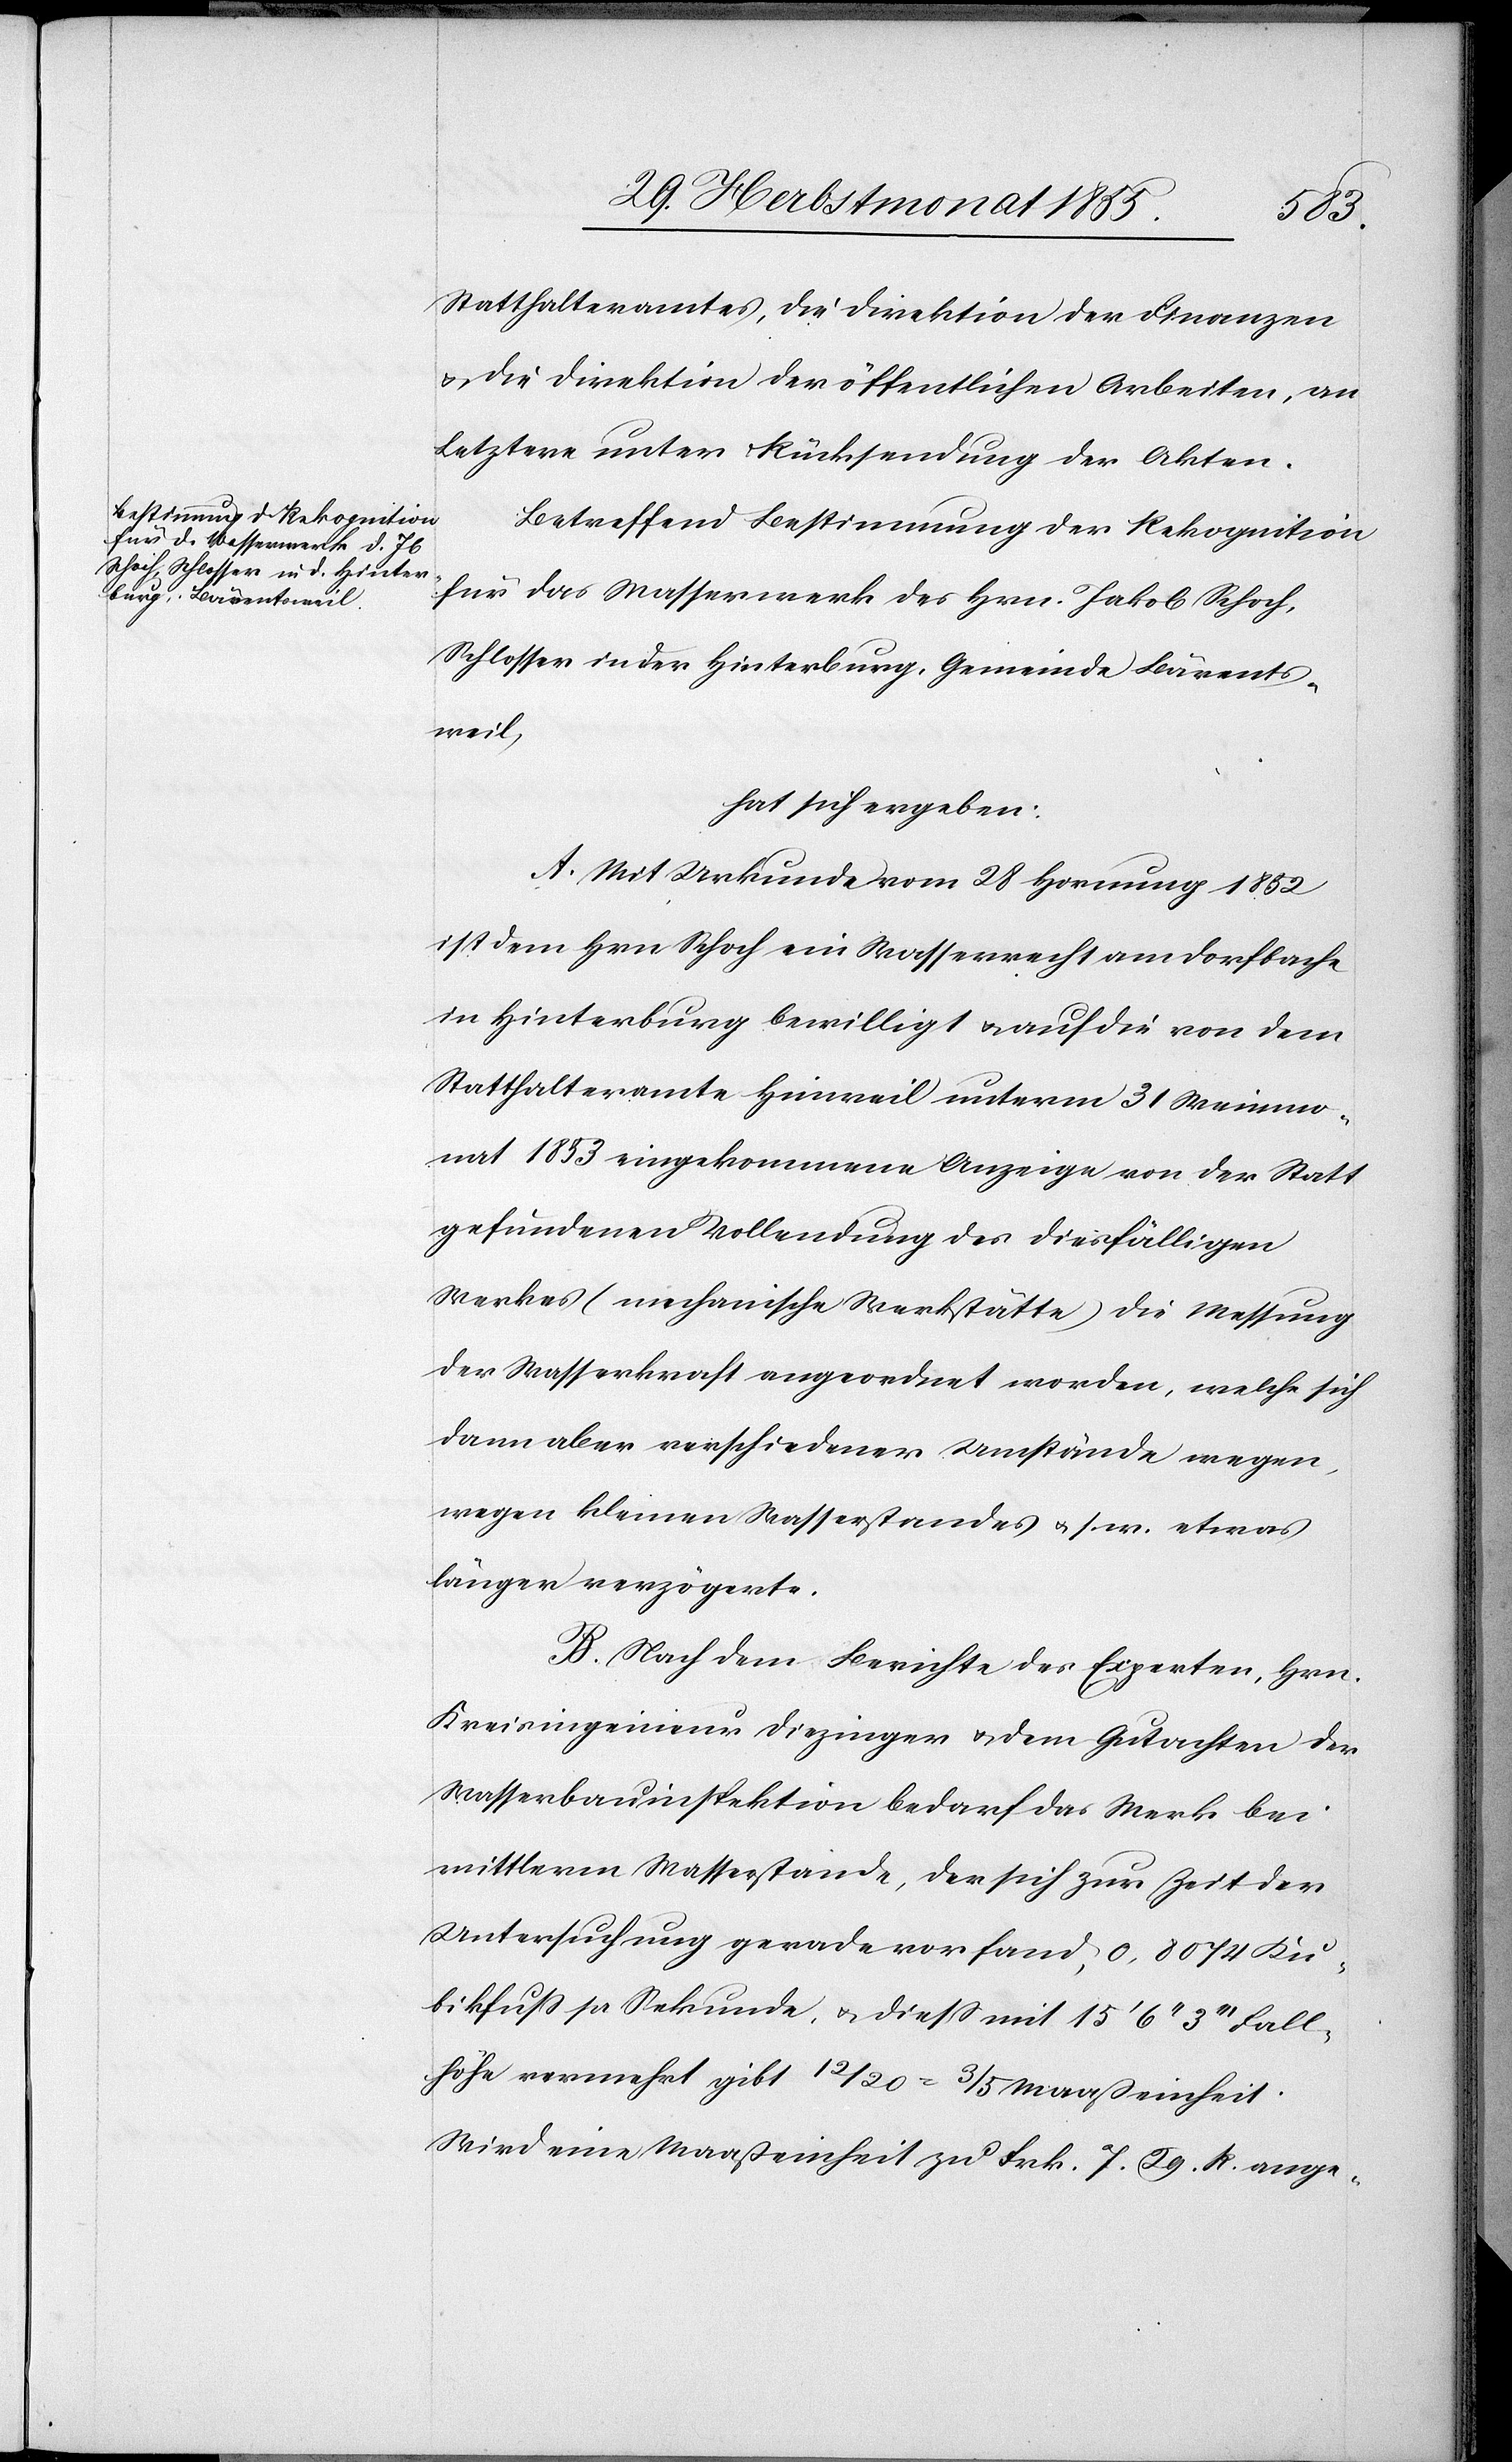
Statthalteramtes, die Direktion der Finanzen
& die Direktion der öffentlichen Arbeiten, an
Letztere unter Rücksendung der Akten.
Betreffend Bestimmung der Rekognition
für das Wasserwerk des Hrn. Jakob Schoch,
Schlosser in der Hinterburg, Gemeinde Bärents¬
weil,
hat sich ergeben:
A. Mit Urkunde vom 28 Hornung 1852
ist dem Hrn. Schoch ein Wasserrecht am Dorfbache
in Hinterburg bewilligt & auf die von dem
Statthalteramte Hinweil unterm 31 Weinmo¬
nat 1853 eingekommene Anzeige von der Statt
gefundenen Vollendung des diesfälligen
Werkes (mechanische Werkstätte) die Messung
der Wasserkraft angeordnet worden, welche sich
dann aber verschiedener Umstände wegen,
wegen kleinen Wasserstandes & s. w. etwas
länger verzögerte.
B. Nach dem Berichte des Experten, Hrn.
Kreisingenieur Diezinger & dem Gutachten der
Wasserbauinspektion bedarf das Werk bei
mittlerm Wasserstande, der sich zur Zeit der
Untersuchung gerade vorfand, 0,8074 Ku¬
bikfuss pr Sekunde, & diess mit 15‘ 6‘‘ 3‘‘‘ Fall¬
höhe vermehrt gibt 12/20 = 3/5 Maaßeinheit.
Wird eine Maaßeinheit zu Frk. 7. 29. R ange-